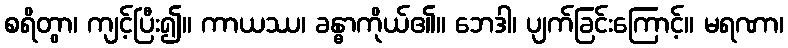
စရိတွာ၊ ကျင့်ပြီး၍။ ကာယဿ၊ ခန္ဓာကိုယ်၏။ ဘေဒါ၊ ပျက်ခြင်းကြောင့်။ မရဏာ၊